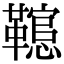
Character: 䪀